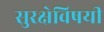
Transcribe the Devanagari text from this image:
सुरक्षेविषयी